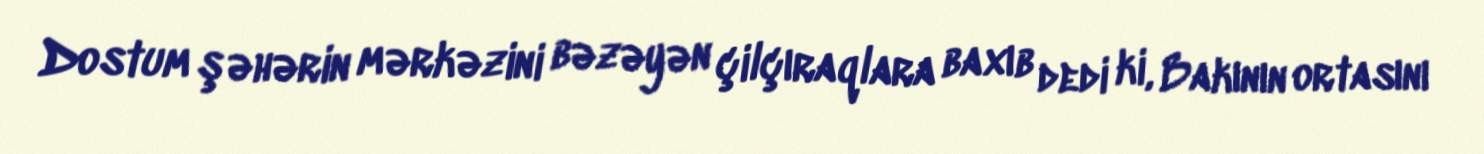
Dostum şəhərin mərkəzini bəzəyən çilçıraqlara baxıb dedi ki, Bakının ortasını